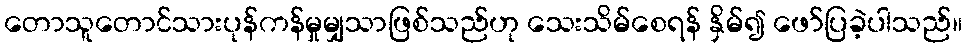
တောသူတောင်သားပုန်ကန်မှုမျှသာဖြစ်သည်ဟု သေးသိမ်စေရန် နှိမ်၍ ဖော်ပြခဲ့ပါသည်။